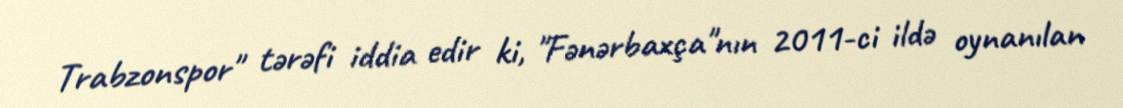
Trabzonspor" tərəfi iddia edir ki, "Fənərbaxça"nın 2011-ci ildə oynanılan